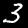
Digit: 3